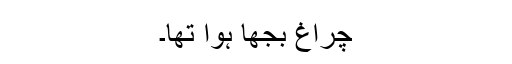
چراغ بجھا ہوا تھا۔